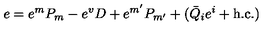
e = e ^ { m } P _ { m } - e ^ { v } D + e ^ { m ^ { \prime } } P _ { m ^ { \prime } } + ( \bar { Q } _ { i } e ^ { i } + \mathrm { h . c . } ) \,